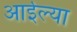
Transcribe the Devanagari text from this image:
आईल्या